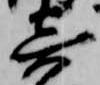
寄